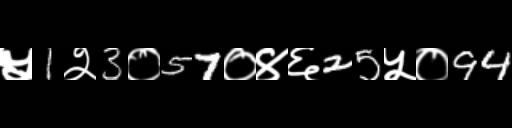
Text: ५1२3०57०४६25५०94